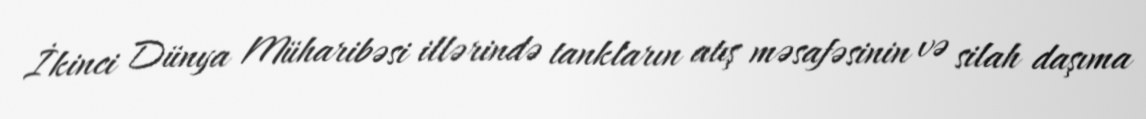
İkinci Dünya Müharibəsi illərində tankların atış məsafəsinin və silah daşıma